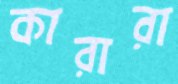
কারারা